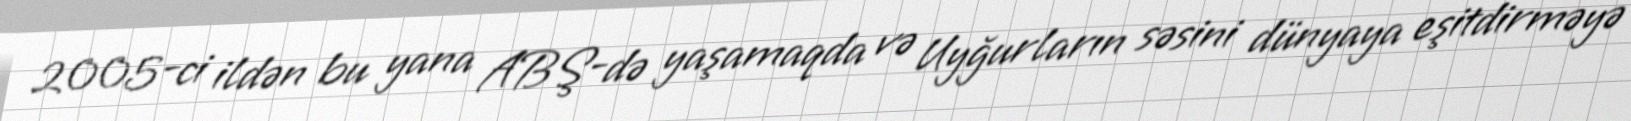
2005-ci ildən bu yana ABŞ-də yaşamaqda və Uyğurların səsini dünyaya eşitdirməyə